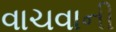
વાચવાની